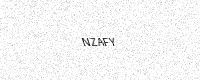
Text: NZAFY